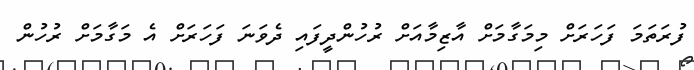
ފުރަތަމަ ފަހަރަށް މިމަގާމަށް އާޒިމާއަށް ރުހުންދީފައި ދެވަނަ ފަހަރަށް އެ މަގާމަށް ރުހުން